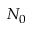
N _ { 0 }